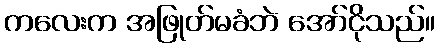
ကလေးက အဖြုတ်မခံဘဲ အော်ငိုသည်။